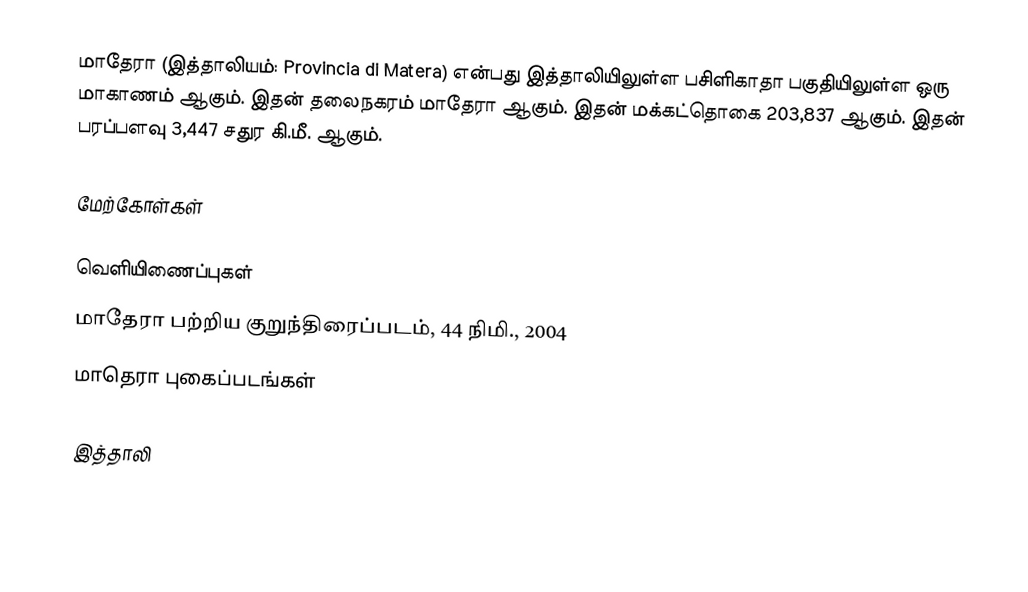
மாதேரா (இத்தாலியம்: Provincia di Matera) என்பது இத்தாலியிலுள்ள பசிளிகாதா பகுதியிலுள்ள ஒரு மாகாணம் ஆகும். இதன் தலைநகரம் மாதேரா ஆகும். இதன் மக்கட்தொகை 203,837 ஆகும். இதன் பரப்பளவு 3,447 சதுர கி.மீ. ஆகும்.

மேற்கோள்கள்

வெளியிணைப்புகள்
மாதேரா பற்றிய குறுந்திரைப்படம், 44 நிமி., 2004
மாதெரா புகைப்படங்கள்

இத்தாலி